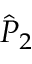
{ \hat { P } } _ { 2 }